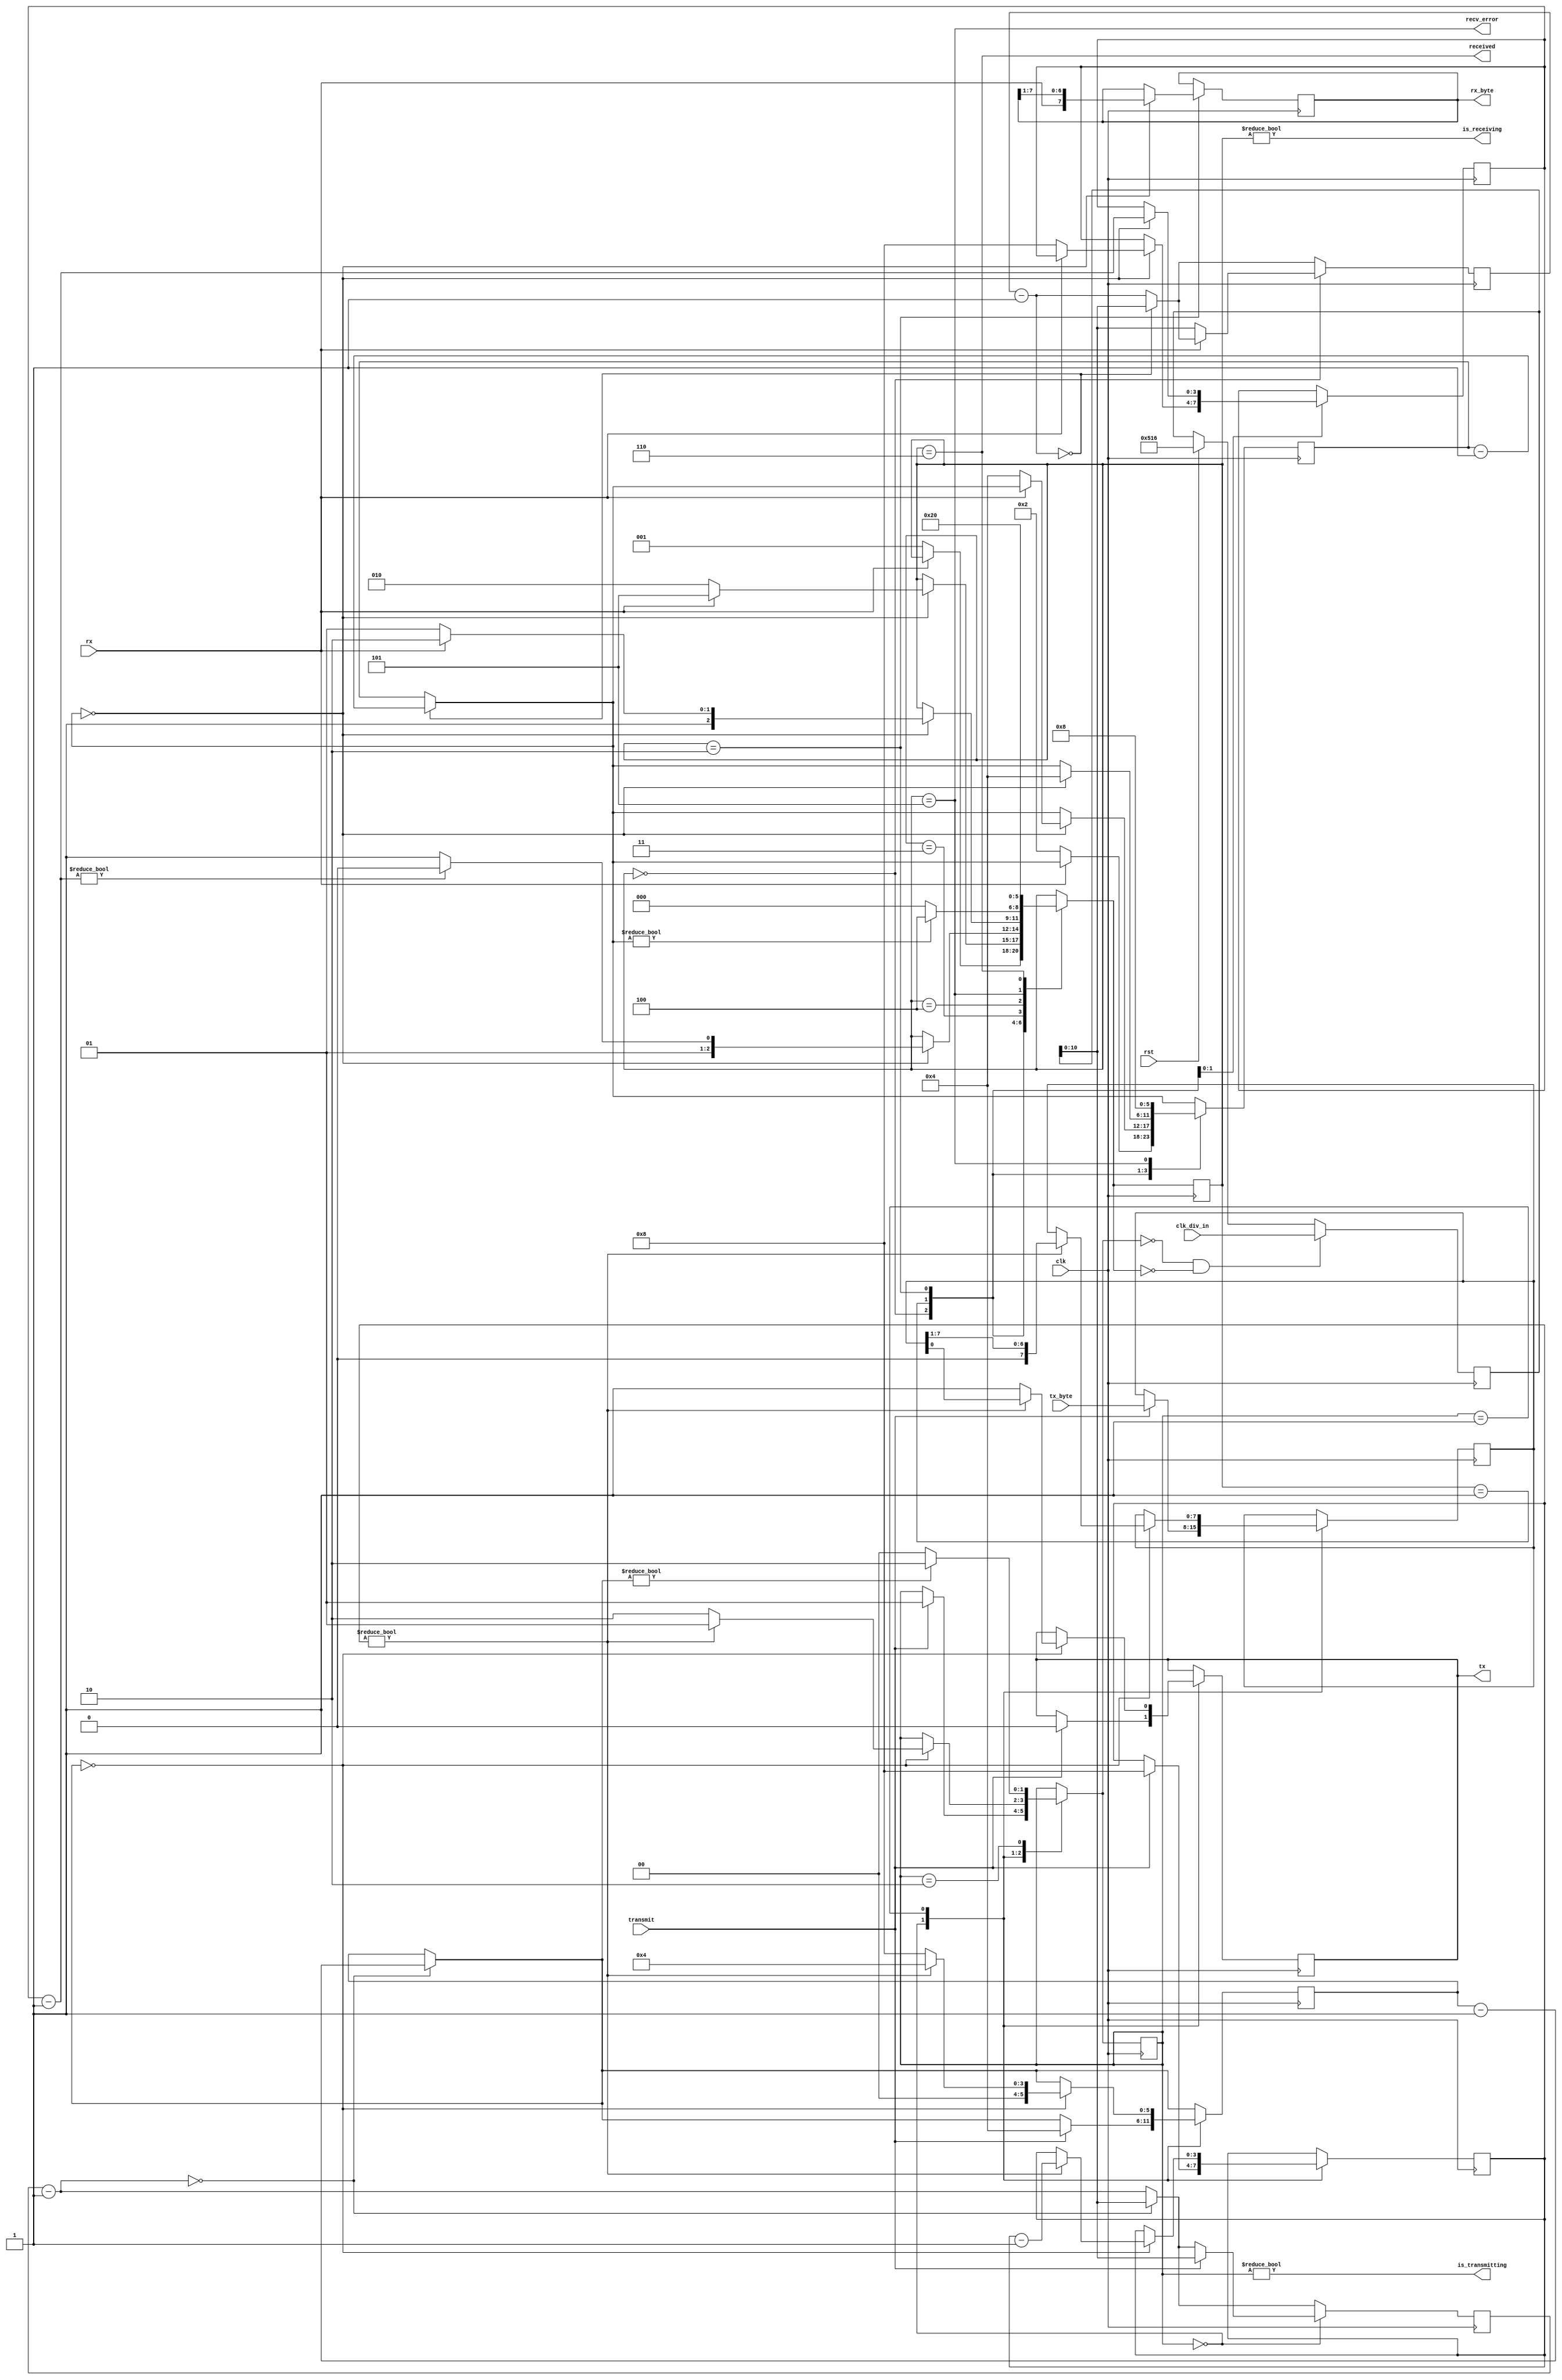
module uart(
	    input 	 clk, // The master clock for this module
	    input 	 rst, // Synchronous reset.
	    input 	 rx, // Incoming serial line
	    output 	 tx, // Outgoing serial line
	    input 	 transmit, // Signal to transmit
	    input [7:0]  tx_byte, // Byte to transmit
	    input [15:0] clk_div_in,
	    output 	 received, // Indicated that a byte has been received.
	    output [7:0] rx_byte, // Byte received
	    output 	 is_receiving, // Low when receive line is idle.
	    output 	 is_transmitting, // Low when transmit line is idle.
	    output 	 recv_error // Indicates error in receiving packet.
	    );

   parameter CLOCK_DIVIDE = 1302; // clock rate (50Mhz) / (baud rate (9600) * 4)

   // States for the receiving state machine.
   // These are just constants, not parameters to override.
   parameter RX_IDLE = 0;
   parameter RX_CHECK_START = 1;
   parameter RX_READ_BITS = 2;
   parameter RX_CHECK_STOP = 3;
   parameter RX_DELAY_RESTART = 4;
   parameter RX_ERROR = 5;
   parameter RX_RECEIVED = 6;

   // States for the transmitting state machine.
   // Constants - do not override.
   parameter TX_IDLE = 0;
   parameter TX_SENDING = 1;
   parameter TX_DELAY_RESTART = 2;

   reg [10:0] 		 rx_clk_divider = CLOCK_DIVIDE;
   reg [10:0] 		 tx_clk_divider = CLOCK_DIVIDE;

   reg [2:0] 		 recv_state = RX_IDLE;
   reg [5:0] 		 rx_countdown;
   reg [3:0] 		 rx_bits_remaining;
   reg [7:0] 		 rx_data;

   reg 			 tx_out = 1'b1;
   reg [1:0] 		 tx_state = TX_IDLE;
   reg [5:0] 		 tx_countdown;
   reg [3:0] 		 tx_bits_remaining;
   reg [7:0] 		 tx_data;
   reg [15:0] 		 clk_divide;

   assign received = recv_state == RX_RECEIVED;
   assign recv_error = recv_state == RX_ERROR;
   assign is_receiving = recv_state != RX_IDLE;
   assign rx_byte = rx_data;

   assign tx = tx_out;
   assign is_transmitting = tx_state != TX_IDLE;

   always @(posedge clk) begin
      if (rst) begin
	 recv_state <= RX_IDLE;
	 tx_state <= TX_IDLE;
	 clk_divide <= CLOCK_DIVIDE;
      end
      
      // The clk_divider counter counts down from
      // the CLOCK_DIVIDE constant. Whenever it
      // reaches 0, 1/16 of the bit period has elapsed.
      // Countdown timers for the receiving and transmitting
      // state machines are decremented.
      rx_clk_divider = rx_clk_divider - 1;
      if (!rx_clk_divider) begin
	 rx_clk_divider = clk_divide;
	 rx_countdown = rx_countdown - 1;
      end
      tx_clk_divider = tx_clk_divider - 1;
      if (!tx_clk_divider) begin
	 tx_clk_divider = clk_divide;
	 tx_countdown = tx_countdown - 1;
      end
      
      // Receive state machine
      case (recv_state)
	RX_IDLE: begin
	   // A low pulse on the receive line indicates the
	   // start of data.
	   if (!rx) begin
	      // Wait half the period - should resume in the
	      // middle of this first pulse.
	      rx_clk_divider = clk_divide;
	      rx_countdown = 2;
	      recv_state = RX_CHECK_START;
	   end
	end
	RX_CHECK_START: begin
	   if (!rx_countdown) begin
	      // Check the pulse is still there
	      if (!rx) begin
		 // Pulse still there - good
		 // Wait the bit period to resume half-way
		 // through the first bit.
		 rx_countdown = 4;
		 rx_bits_remaining = 8;
		 recv_state = RX_READ_BITS;
	      end else begin
		 // Pulse lasted less than half the period -
		 // not a valid transmission.
		 recv_state = RX_ERROR;
	      end
	   end
	end
	RX_READ_BITS: begin
	   if (!rx_countdown) begin
	      // Should be half-way through a bit pulse here.
	      // Read this bit in, wait for the next if we
	      // have more to get.
	      rx_data = {rx, rx_data[7:1]};
	      rx_countdown = 4;
	      rx_bits_remaining = rx_bits_remaining - 1;
	      recv_state = rx_bits_remaining ? RX_READ_BITS : RX_CHECK_STOP;
	   end
	end
	RX_CHECK_STOP: begin
	   if (!rx_countdown) begin
	      // Should resume half-way through the stop bit
	      // This should be high - if not, reject the
	      // transmission and signal an error.
	      recv_state = rx ? RX_RECEIVED : RX_ERROR;
	   end
	end
	RX_DELAY_RESTART: begin
	   // Waits a set number of cycles before accepting
	   // another transmission.
	   recv_state = rx_countdown ? RX_DELAY_RESTART : RX_IDLE;
	end
	RX_ERROR: begin
	   // There was an error receiving.
	   // Raises the recv_error flag for one clock
	   // cycle while in this state and then waits
	   // 2 bit periods before accepting another
	   // transmission.
	   rx_countdown = 8;
	   recv_state = RX_DELAY_RESTART;
	end
	RX_RECEIVED: begin
	   // Successfully received a byte.
	   // Raises the received flag for one clock
	   // cycle while in this state.
	   recv_state = RX_IDLE;
	end
      endcase
      
      // Transmit state machine
      case (tx_state)
	TX_IDLE: begin
	   if (transmit) begin
	      // If the transmit flag is raised in the idle
	      // state, start transmitting the current content
	      // of the tx_byte input.
	      tx_data = tx_byte;
	      // Send the initial, low pulse of 1 bit period
	      // to signal the start, followed by the data
	      tx_clk_divider = clk_divide;
	      tx_countdown = 4;
	      tx_out = 0;
	      tx_bits_remaining = 8;
	      tx_state = TX_SENDING;
	   end
	end
	TX_SENDING: begin
	   if (!tx_countdown) begin
	      if (tx_bits_remaining) begin
		 tx_bits_remaining = tx_bits_remaining - 1;
		 tx_out = tx_data[0];
		 tx_data = {1'b0, tx_data[7:1]};
		 tx_countdown = 4;
		 tx_state = TX_SENDING;
	      end else begin
		 // Set delay to send out 2 stop bits.
		 tx_out = 1;
		 tx_countdown = 8;
		 tx_state = TX_DELAY_RESTART;
	      end
	   end
	end
	TX_DELAY_RESTART: begin
	   // Wait until tx_countdown reaches the end before
	   // we send another transmission. This covers the
	   // "stop bit" delay.
	   tx_state = tx_countdown ? TX_DELAY_RESTART : TX_IDLE;
	end
      endcase
      if(tx_state == TX_IDLE && recv_state == RX_IDLE)
	clk_divide <= clk_div_in;
   end

endmodule